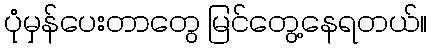
ပုံမှန်ပေးတာတွေ မြင်တွေ့နေရတယ်။